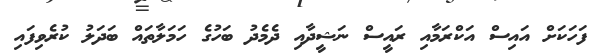
ފަހަކަށް އައިސް އަކްރަމާއި ރައީސް ނަޝީދާއި ދެމެދު ބަހުގެ ހަމަލާތައް ބަދަލު ކުރެވިފައި